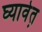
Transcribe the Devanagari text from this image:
घ्यावेत़